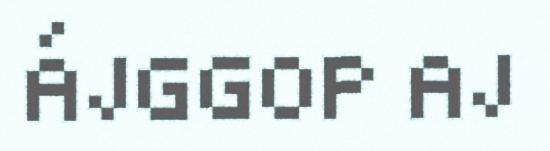
ÁJGGOP AJ